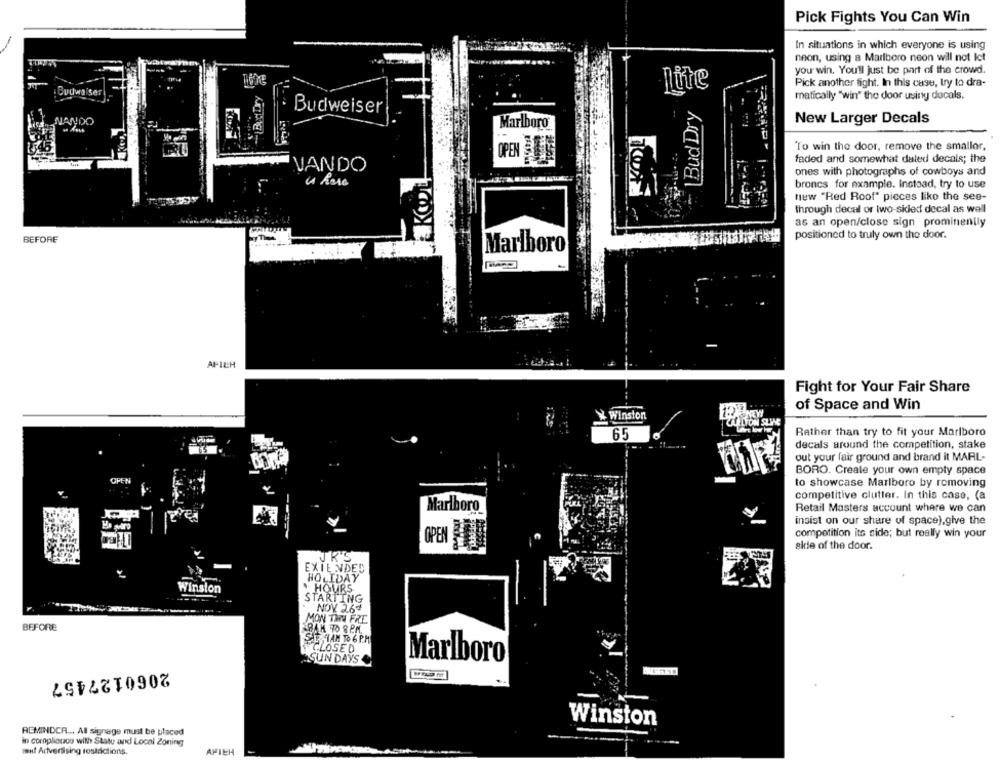
Pick Fights You Can Win
In situations in which everyone is using
neon, using a Marlboro neon will not Ict
you win. You'll just be part of the crowd.
Pick another fight. In this case, try to dra-
Budweiser
lite
matically "win" the door using docals.
Bud Dry
Budweiser
NANDO
New Larger Decals
Marlboro
To win the door, remove the smallor.
OPEN E
faded and somewhat daled decals; the
VANDO
E KOLL
ones with photographs of cowboys and
broncs for example. Instead, try to use
new "Red Roof" pieces like the see-
Through decal or two-sided decal as well
as an open/close sign prominently
positioned to truly own the door.
BEFORE
Marlboro
AF12H
Fight for Your Fair Share
of Space and Win
X Winston
CARLTON SLINE
65
Rather than try to fit your Marlboro
decals around the competition, stake
out your fair ground and brand it MARL-
BORO. Create your own empty space
OFEN
to showcase Marlboro by removing
competitive clutter. In this case, (a
Marlboro
Retail Masters account where we can
insist on our share of space),give the
competition its side; but really win your
skie of the door.
JR'S
EXIENDED
HOLIDAY
Winston
* HOURS
STARTING
NOV 2.64
MON THY FRE
BEFORE
T IAM DO 6 P.M
CLOSED
SUN DAYS
Marlboro
2060127457
Winston
REMINDCR ... Al signage must be placed
in corogliotoo with State and Local Zoning
sauf Adiversising rosadictions.
AFICH